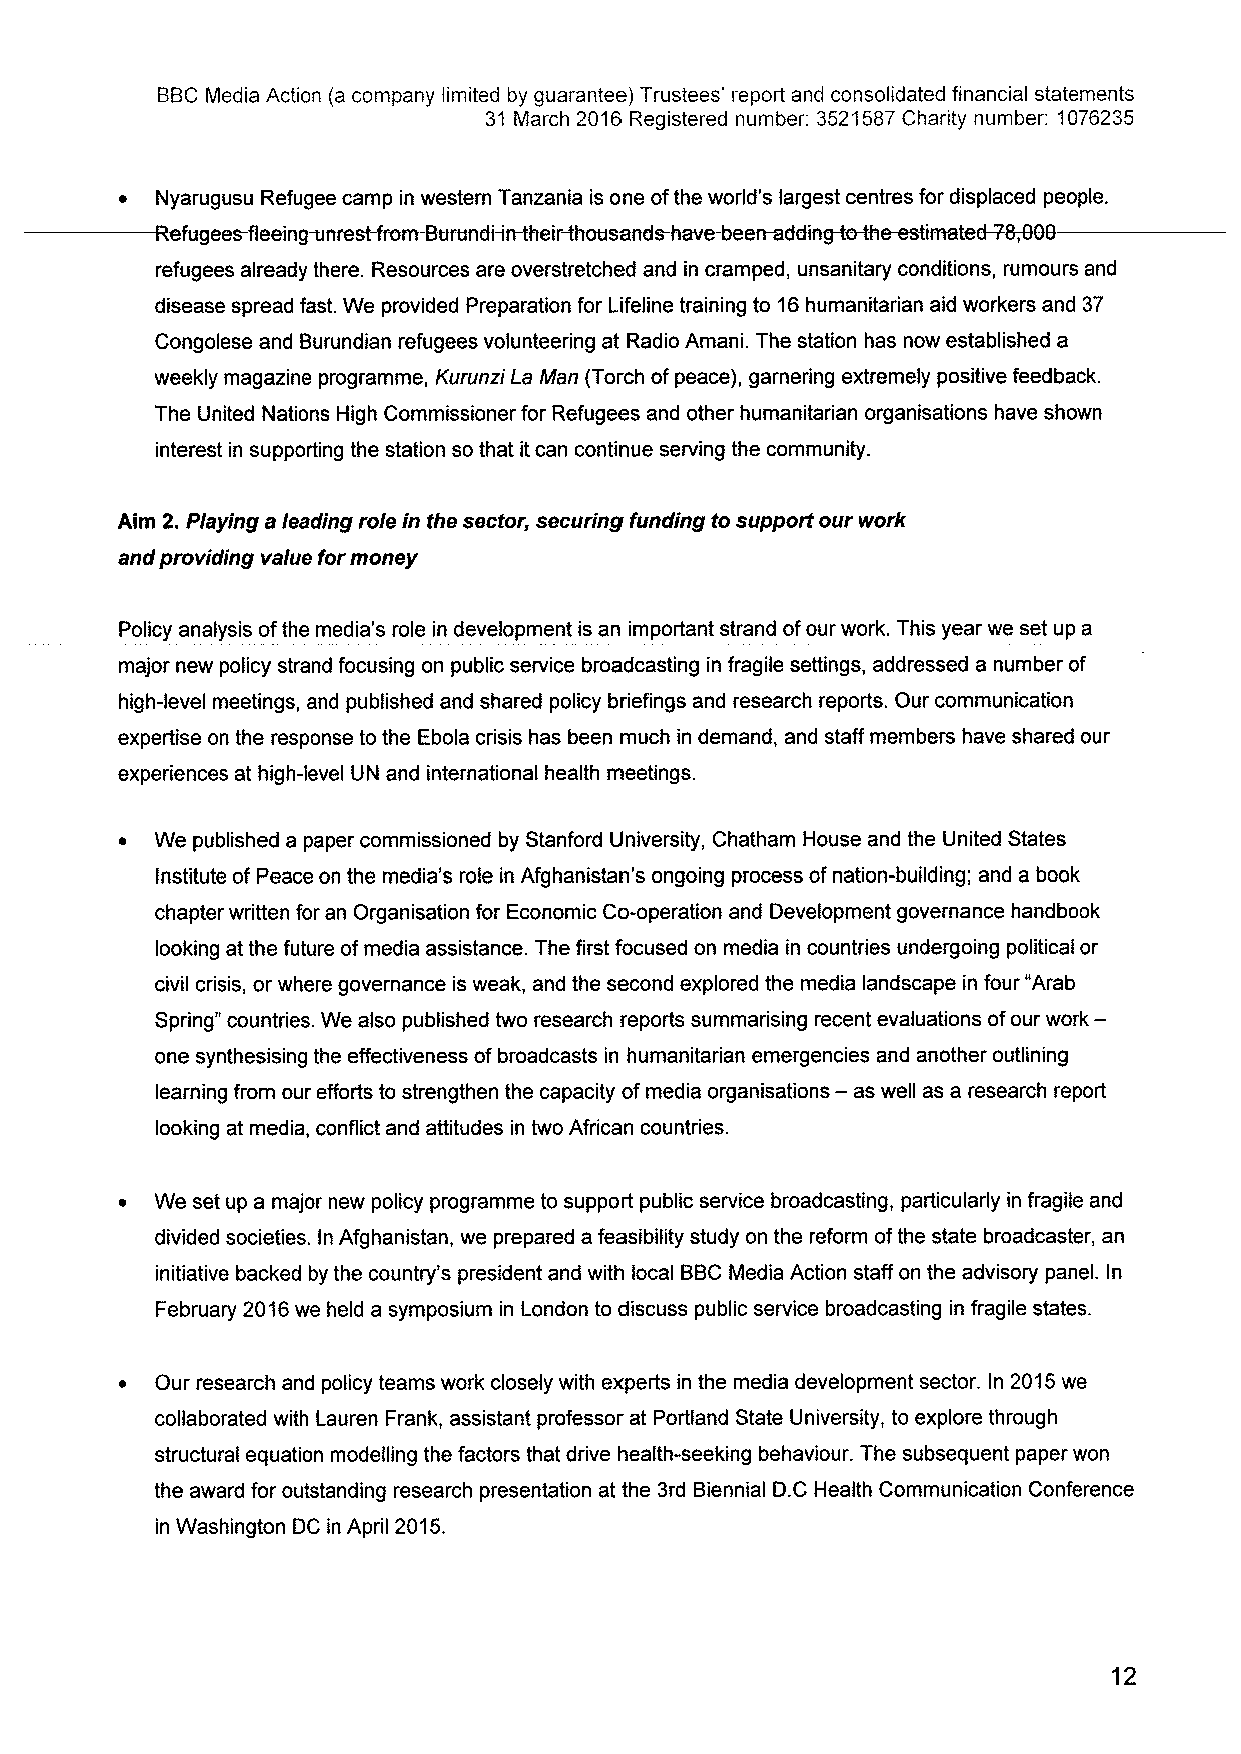
BBCMedia Action (a company limited by guarantee) Trustees' report and consolidated financial statements
 31 March 2016 Registered number: 3521587Charity number: 1076235
 ~ Nyarugusu Refugee camp in western Tanzania is one ofthe world's largest centres for displaced people.
 H
 refugees already there. Resources are overstretched and in cramped, unsanitary conditions, rumours and
 disease spread fast. We provided Preparation for Lifeline training to 16humanitarian aid workers and 37
 Congolese and Burundian refugees volunteering at Radio Amani. The station has now established a
 weekly magazine programme, Kurunzi La Man (Torch ofpeace), garnering extremely positive feedback.
 The United Nations High Commissioner for Refugees and other humanitarian organisations have shown
 interest in supporting the station so that itcan continue serving the community.
 Aim 2.Playing a leading role in the sector, securing funding to support our work
 and providing value for money
 Policy analysis ofthe media's role in development is an important strand ofour work. This year we set up a
 major new policy strand focusing on public service broadcasting in fragile settings, addressed a number of
 high-level meetings, and published and shared policy briefings and research reports. Our communication
 expertise on the response to the Ebola crisis has been much in demand, and staff members have shared our
 experiences at high-level UN and international health meetings.
 ~ We published a paper commissioned by Stanford University, Chatham House and the United States
 Institute of Peace on the media's role in Afghanistan's ongoing process ofnation-building; and a book
 chapter written for an Organisation for Economic Co-operation and Development governance handbook
 looking at the future ofmedia assistance. The first focused on media in countries undergoing political or
 civil crisis, or where governance is weak, and the second explored the media landscape in four "Arab
 Spring" countries. We also published two research reports summarising recent evaluations ofour work-
 one synthesising the effectiveness ofbroadcasts in humanitarian emergencies and another outlining
 learning from our efforts to strengthen the capacity of media organisations —as well as a research report
 looking at media, conflict and attitudes in two African countries.
 ~ We set up a major new policy programme to support public service broadcasting, particularly in fragile and
 divided societies. In Afghanistan, we prepared a feasibility study on the reform ofthe state broadcaster, an
 initiative backed by the country's president and with local BBCMedia Action staff on the advisory panel. In
 February 2016we held a symposium in London to discuss public service broadcasting in fragile states.
 ~ Our research and policy teams work closely with experts in the media development sector. In 2015we
 collaborated with Lauren Frank, assistant professor at Portland State University, to explore through
 structural equation modelling the factors that drive health-seeking behaviour. The subsequent paper won
 the award for outstanding research presentation at the 3rd Biennial D.C Health Communication Conference
 in Washington DC in April 2015.